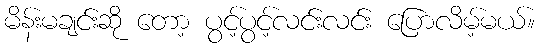
မိန်းမချင်းဆို တော့ ပွင့်ပွင့်လင်းလင်း ပြောလိမ့်မယ်။